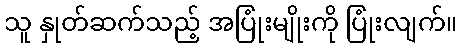
သူ နှုတ်ဆက်သည့် အပြုံးမျိုးကို ပြုံးလျက်။